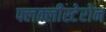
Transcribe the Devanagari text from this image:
फ्लक्लीस्टेरोन